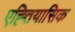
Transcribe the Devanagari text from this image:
एह्तियासिक